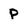
Character: p